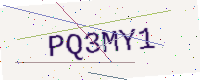
Text: PQ3MY1